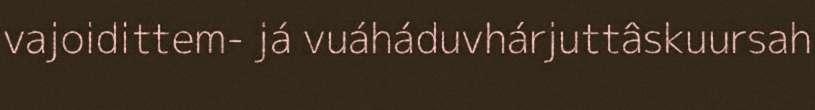
vajoidittem- já vuáháduvhárjuttâskuursah